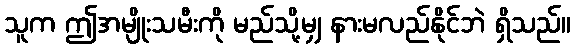
သူက ဤအမျိုးသမီးကို မည်သို့မျှ နားမလည်နိုင်ဘဲ ရှိသည်။